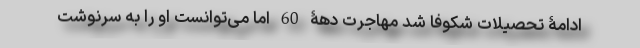
ادامۀ تحصیلات شکوفا شد مهاجرت دهۀ 60 اما می‌توانست او را به سرنوشت